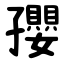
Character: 孾